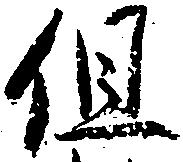
但